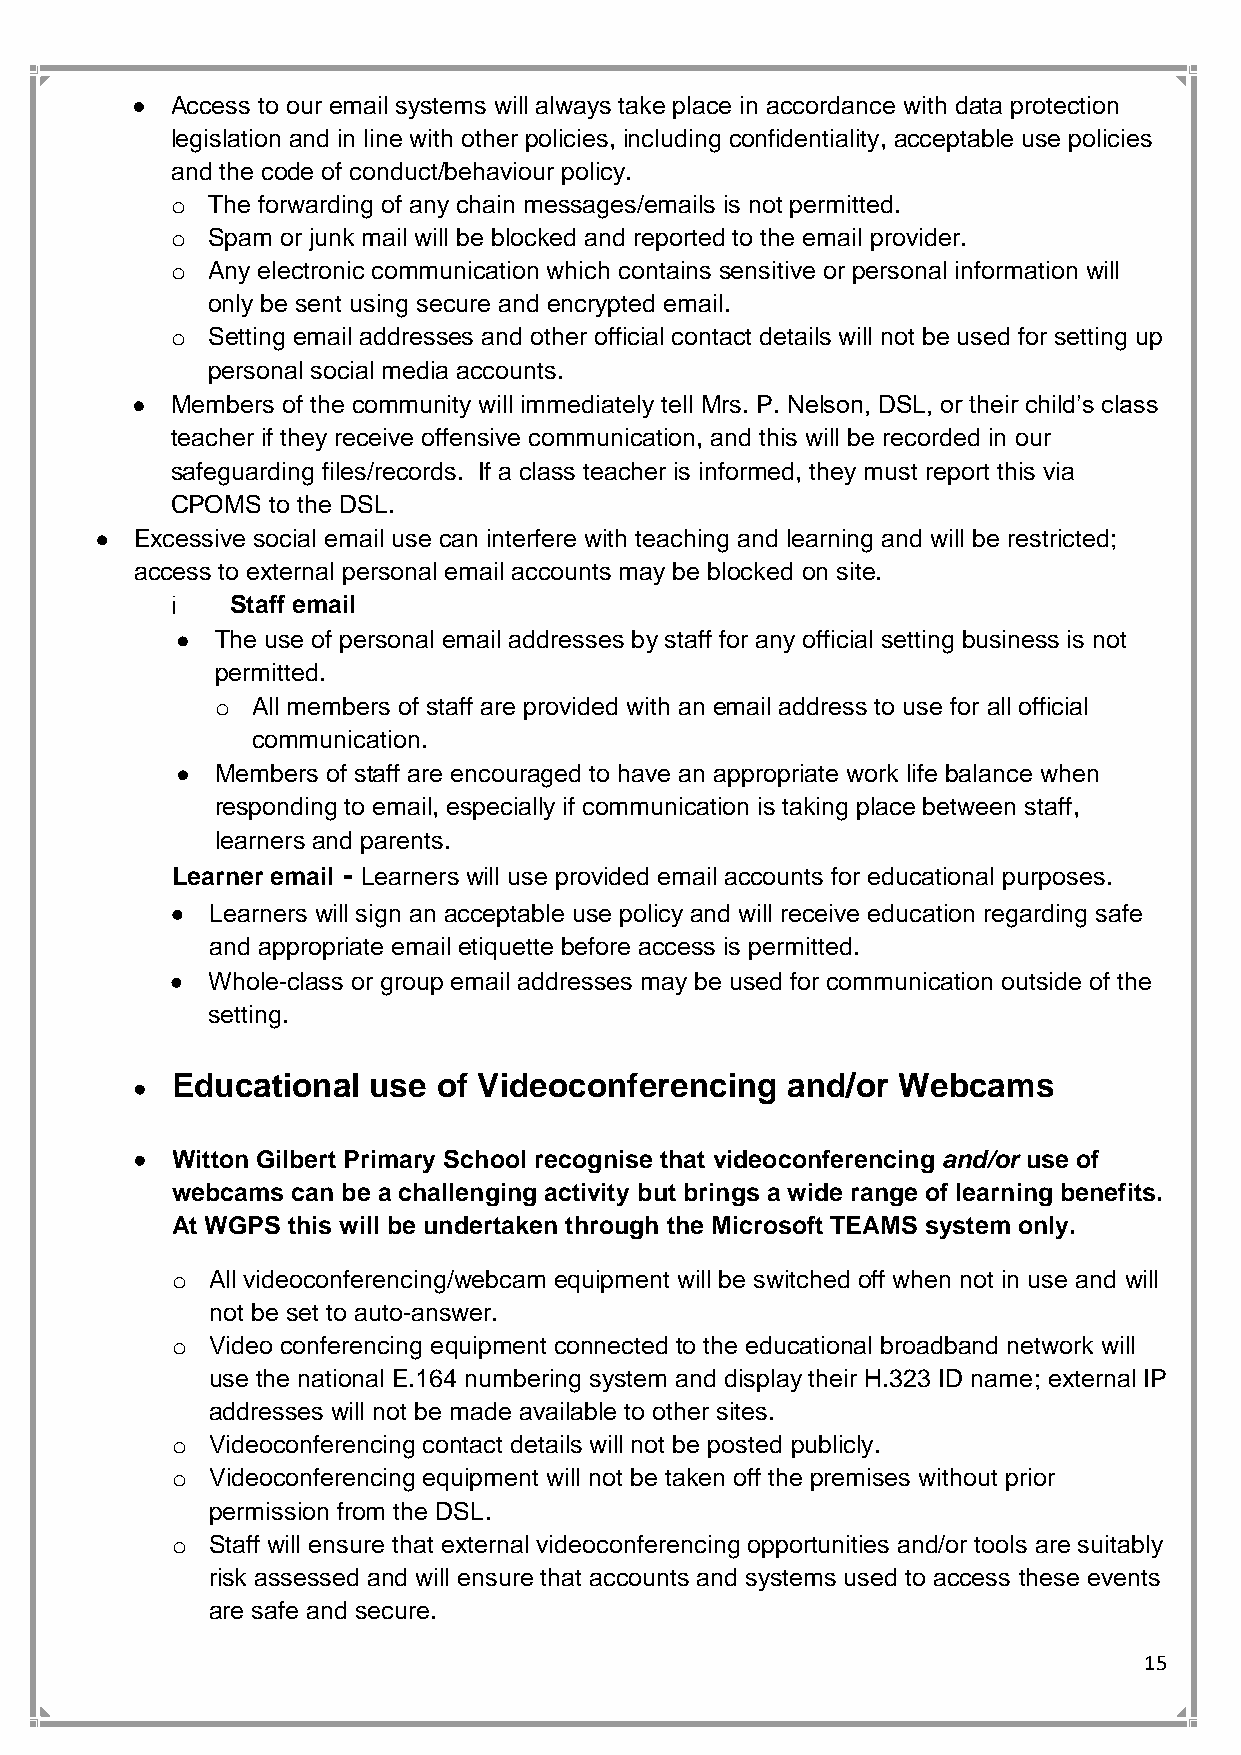
• Access to our email systems will always take place in accordance with data protection
 legislation and in line with other policies, including confidentiality, acceptable use policies
 and the code of conduct/behaviour policy.
 o  The forwarding of any chain messages/emails is not permitted.
 o  Spam or junk mail will be blocked and reported to the email provider.
 o  Any electronic communication which contains sensitive or personal information will
 only be sent using secure and encrypted email.
 o  Setting email addresses and other official contact details will not be used for setting up
 personal social media accounts.
 • Members of the community will immediately tell Mrs. P. Nelson, DSL, or their child’s class
 teacher if they receive offensive communication, and this will be recorded in our
 safeguarding files/records. If a class teacher is informed, they must report this via
 CPOMS  to the DSL.
 •  Excessive social email use can interfere with teaching and learning and will be restricted;
 access to external personal email accounts may be blocked on site.
 Staff email
 • The use of personal email addresses by staff for any official setting business is not
 permitted.
 o  All members of staff are provided with an email address to use for all official
 communication.
 • Members of staff are encouraged to have an appropriate work life balance when
 responding to email, especially if communication is taking place between staff,
 learners and parents.
 Learner email - Learners will use provided email accounts for educational purposes.
 •  Learners will sign an acceptable use policy and will receive education regarding safe
 and appropriate email etiquette before access is permitted.
 •  Whole-class or group email addresses may be used for communication outside of the
 setting.
 Educational  use  of Videoconferencing   and/or Webcams
 •
 • Witton Gilbert Primary School recognise that videoconferencing and/or use of
 webcams can be a challenging activity but brings a wide range of learning benefits.
 At WGPS this will be undertaken through the Microsoft TEAMS system only.
 o  All videoconferencing/webcam equipment will be switched off when not in use and will
 not be set to auto-answer.
 o  Video conferencing equipment connected to the educational broadband network will
 use the national E.164 numbering system and display their H.323 ID name; external IP
 addresses will not be made available to other sites.
 o  Videoconferencing contact details will not be posted publicly.
 o  Videoconferencing equipment will not be taken off the premises without prior
 permission from the DSL.
 o  Staff will ensure that external videoconferencing opportunities and/or tools are suitably
 risk assessed and will ensure that accounts and systems used to access these events
 are safe and secure.
 15